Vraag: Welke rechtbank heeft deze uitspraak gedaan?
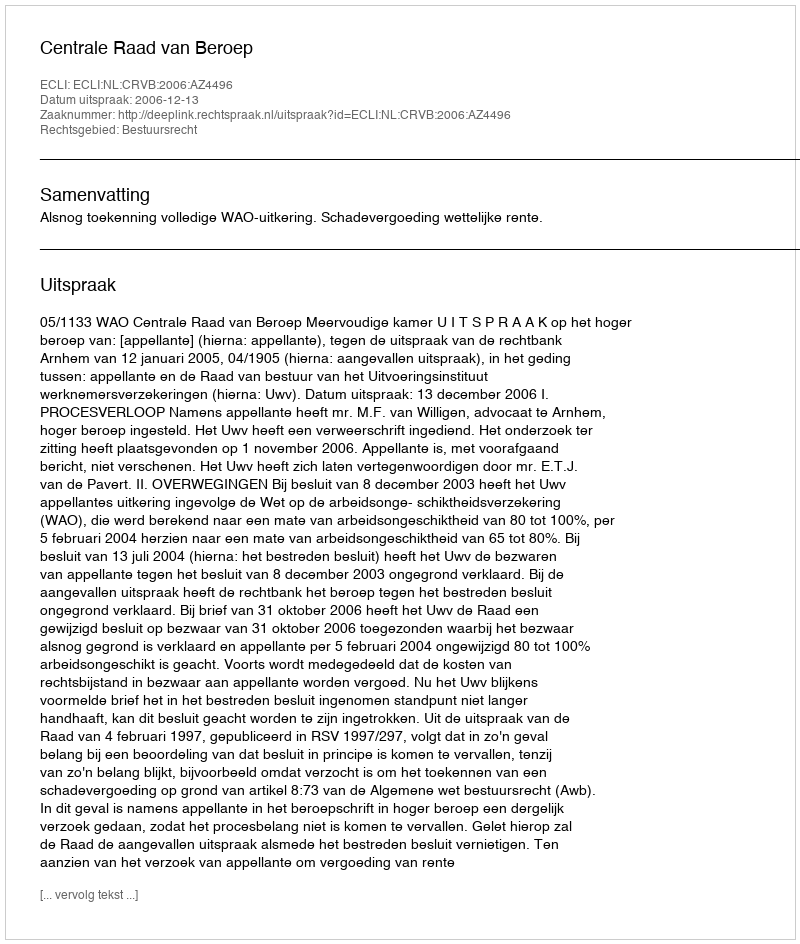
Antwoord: Centrale Raad van Beroep